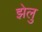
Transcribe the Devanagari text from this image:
झेलु